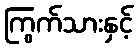
ကြွက်သားနှင့်